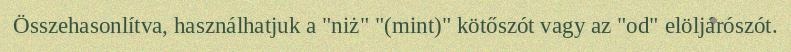
Összehasonlítva, használhatjuk a "niż" "(mint)" kötőszót vagy az "od" elöljárószót.